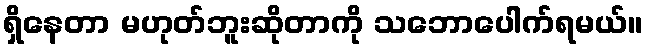
ရှိနေတာ မဟုတ်ဘူးဆိုတာကို သဘောပေါက်ရမယ်။